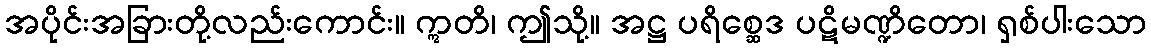
အပိုင်းအခြားတို့လည်းကောင်း။ ဣတိ၊ ဤသို့။ အဋ္ဌ ပရိစ္ဆေဒ ပဋိမဏ္ဍိတော၊ ရှစ်ပါးသော